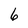
Character: 6